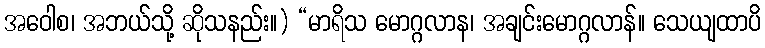
အဝေါစ၊ အဘယ်သို့ ဆိုသနည်း။) “မာရိသ မောဂ္ဂလာန၊ အချင်းမောဂ္ဂလာန်။ သေယျထာပိ